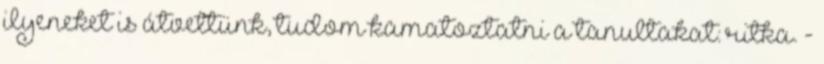
ilyeneket is átvettünk, tudom kamatoztatni a tanultakat: ritka. -